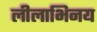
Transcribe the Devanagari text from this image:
लीलाभिनय